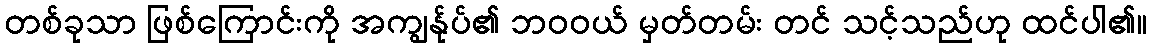
တစ်ခုသာ ဖြစ်ကြောင်းကို အကျွန်ုပ်၏ ဘဝဝယ် မှတ်တမ်း တင် သင့်သည်ဟု ထင်ပါ၏။